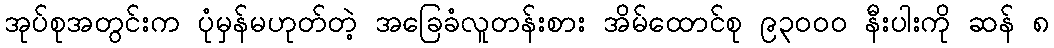
အုပ်စုအတွင်းက ပုံမှန်မဟုတ်တဲ့ အခြေခံလူတန်းစား အိမ်ထောင်စု ၉၃၀၀၀ နီးပါးကို ဆန် ၈